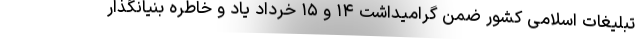
تبلیغات اسلامی کشور ضمن گرامیداشت ۱۴ و ۱۵ خرداد یاد و خاطره بنیانگذار